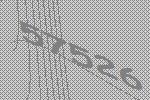
57526